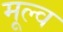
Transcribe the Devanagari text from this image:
मूल्व